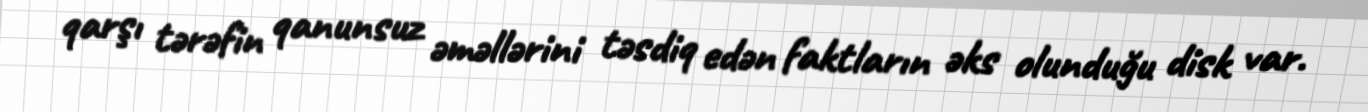
qarşı tərəfin qanunsuz əməllərini təsdiq edən faktların əks olunduğu disk var.